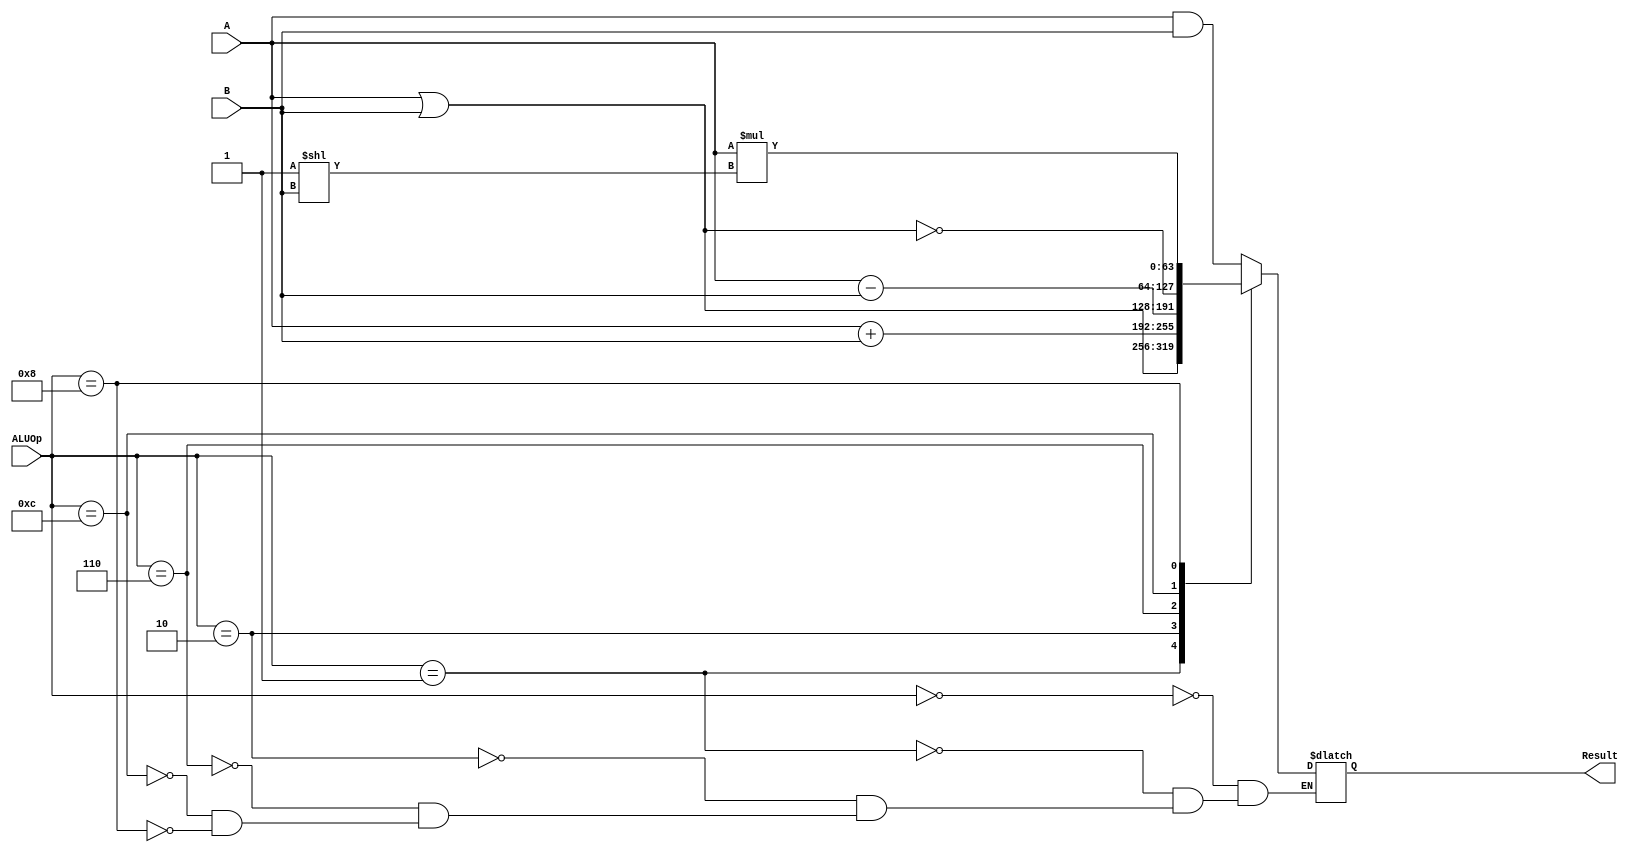
`timescale 1ns / 1ps
//////////////////////////////////////////////////////////////////////////////////
// Company: 
// Engineer: 
// 
// Design Name: 
// Module Name: ALU64bit
// Project Name: 
// Target Devices: 
// Tool Versions: 
// Description: 
// 
// Dependencies: 
// 
// Revision:
// Revision 0.01 - File Created
// Additional Comments:
// 
//////////////////////////////////////////////////////////////////////////////////

module ALU64bit(
    input [63:0] A,
    input [63:0] B,
    input [3:0] ALUOp,
    output reg [63:0] Result
    );
    
always @(*) begin
    case (ALUOp)
        4'b0000: Result = A & B; //AND
        4'b0001: Result = A | B; //OR
        4'b0010: Result = A + B; //ADD
        4'b0110: Result = A - B; //SUB
        4'b1100: Result = ~(A | B); //NOR
        4'b1000: Result = A * (2 ** B); // SLLI
    endcase
    
end
endmodule